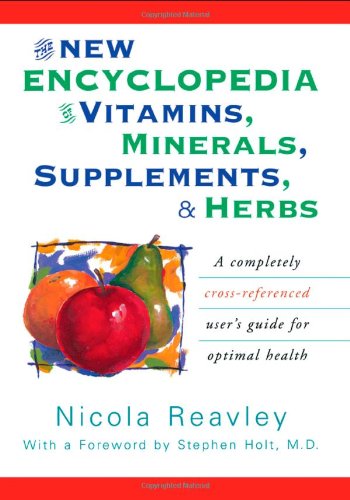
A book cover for The New Encyclopedia of Vitamins, Minerals, Supplements, and Herbs: A Completely Cross-Referenced User's Guide for Optimal Health; Nicola Reavley; Health, Fitness & Dieting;